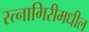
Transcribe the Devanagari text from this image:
रत्नागिरीमधील